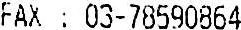
FAX : 03-78590864